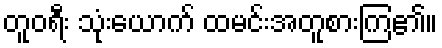
တူဝရီး သုံးယောက် ထမင်းအတူစားကြ၏။